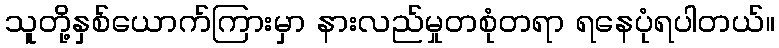
သူတို့နှစ်ယောက်ကြားမှာ နားလည်မှုတစုံတရာ ရနေပုံရပါတယ်။